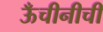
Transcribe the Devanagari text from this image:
ऊँचीनीची